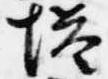
塔